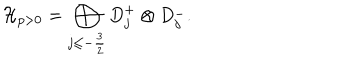
\mathcal { H } _ { p > 0 } = \bigoplus _ { j \leq - \frac { 3 } { 2 } } D _ { j } ^ { + } \otimes D _ { j } ^ { - } .